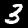
Digit: 3